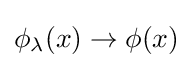
\phi _{\lambda }(x)\to \phi (x)